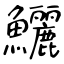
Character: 鱺